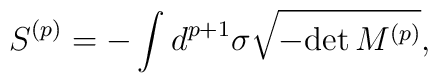
S^{(p)} = - \int d^{p+1} \sigma \sqrt{- {\rm det}\, M^{(p)}},